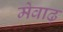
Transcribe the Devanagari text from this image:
मेवाढ़